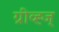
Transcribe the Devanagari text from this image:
ग्रीव्ह्ज्